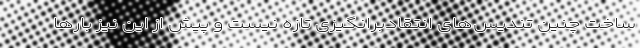
ساخت چنین تندیس‌های انتقادبرانگیزی تازه نیست و پیش از این نیز بارها